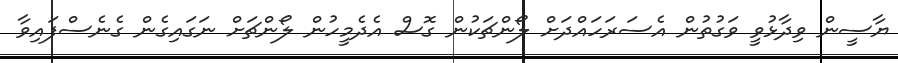
ޔާސީން ވިދާޅުވީ ވަގުތުން އެސަރަހައްދަށް ލޯންޗަކުން ގޮސް އެދެމީހުން ލޯންޗަށް ނަގައިގެން ގެނެސްފައިވާ